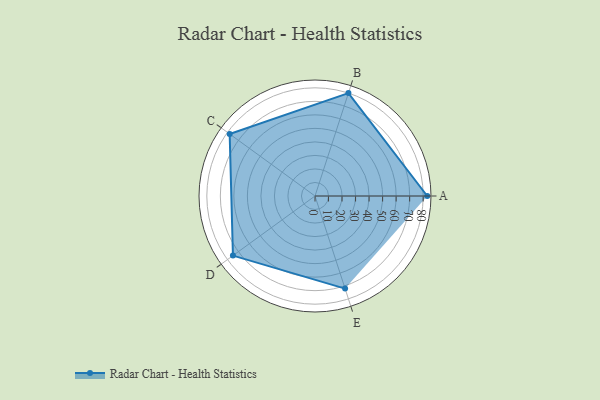
{"axis": {"x": "Skill", "y": "Score"}, "legend": ["Profile"], "data": [{"x": "A", "y": 83.0, "type": "Profile"}, {"x": "B", "y": 80.0, "type": "Profile"}, {"x": "C", "y": 78.0, "type": "Profile"}, {"x": "D", "y": 75.0, "type": "Profile"}, {"x": "E", "y": 72.0, "type": "Profile"}]}